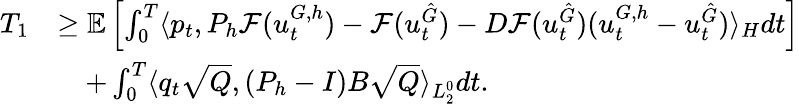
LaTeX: \begin{array}{rl}{T_{1}}&{\ge\mathbb{E}\left[\int_{0}^{T}\langle p_{t},P_{h}\mathcal{F}(u_{t}^{G,h})-\mathcal{F}(u_{t}^{\hat{G}})-D\mathcal{F}(u_{t}^{\hat{G}})(u_{t}^{G,h}-u_{t}^{\hat{G}})\rangle_{H}dt\right]}\\ &{\quad+\int_{0}^{T}\langle q_{t}\sqrt{Q},(P_{h}-I)B\sqrt{Q}\rangle_{L_{2}^{0}}dt.}\end{array}